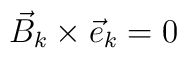
{\vec B}_k\times {\vec e}_k = 0